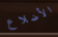
الأضلاع